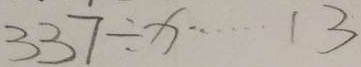
3 3 7 \div x \cdots 1 3